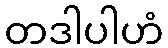
တဒါပါဟံ